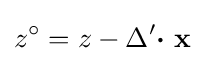
z^{\circ }=z-\Delta '{\boldsymbol {\cdot }}~\mathbf {x}